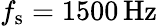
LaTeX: f_{\mathrm{s}}=1500\, \mathrm{{Hz}}